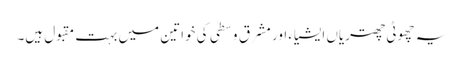
یہ چھوٹی چھتریاں ایشیاء اور مشرق ِ وسطیٰ کی خواتین میں بہت مقبول ہیں۔